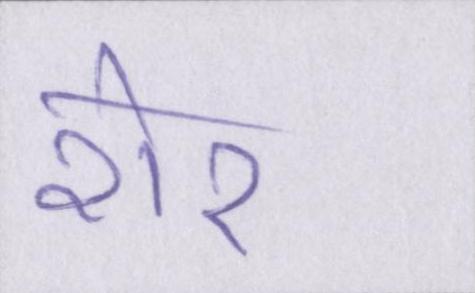
शेर